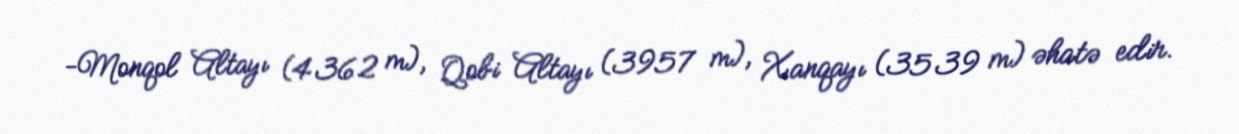
-Monqol Altayı (4362 m), Qobi Altayı (3957 m), Xanqayı (3539 m) əhatə edir.